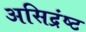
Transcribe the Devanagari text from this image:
असिद्रंष्ट